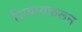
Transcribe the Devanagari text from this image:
शिवायकरून